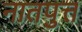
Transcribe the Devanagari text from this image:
नातपुत्त